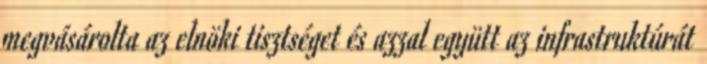
megvásárolta az elnöki tisztséget és azzal együtt az infrastruktúrát